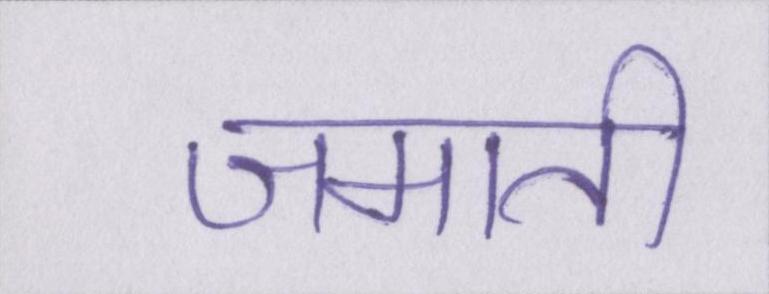
जमाती